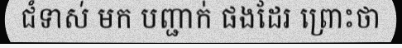
ជំទាស់ មក បញ្ជាក់ ផងដែរ ព្រោះថា